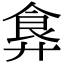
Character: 𩚇